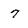
Character: 7